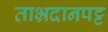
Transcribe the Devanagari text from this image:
ताभ्रदानपट्ट